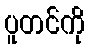
ပူတင်ကို